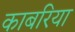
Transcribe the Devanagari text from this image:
काबरिया